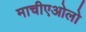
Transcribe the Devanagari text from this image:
माचीएओलो